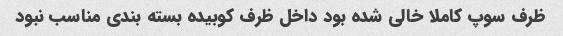
ظرف سوپ کاملا خالی شده بود داخل ظرف کوبیده بسته بندی مناسب نبود